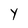
Character: Y